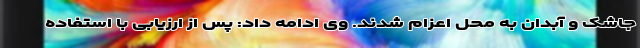
جاشک و آبدان به محل اعزام شدند. وی ادامه داد: پس از ارزیابی با استفاده